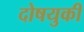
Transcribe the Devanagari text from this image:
दोषयुकी